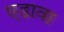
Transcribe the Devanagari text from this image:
एडावा